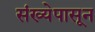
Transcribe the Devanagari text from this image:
संख्येपासून